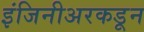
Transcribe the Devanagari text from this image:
इंजिनीअरकडून